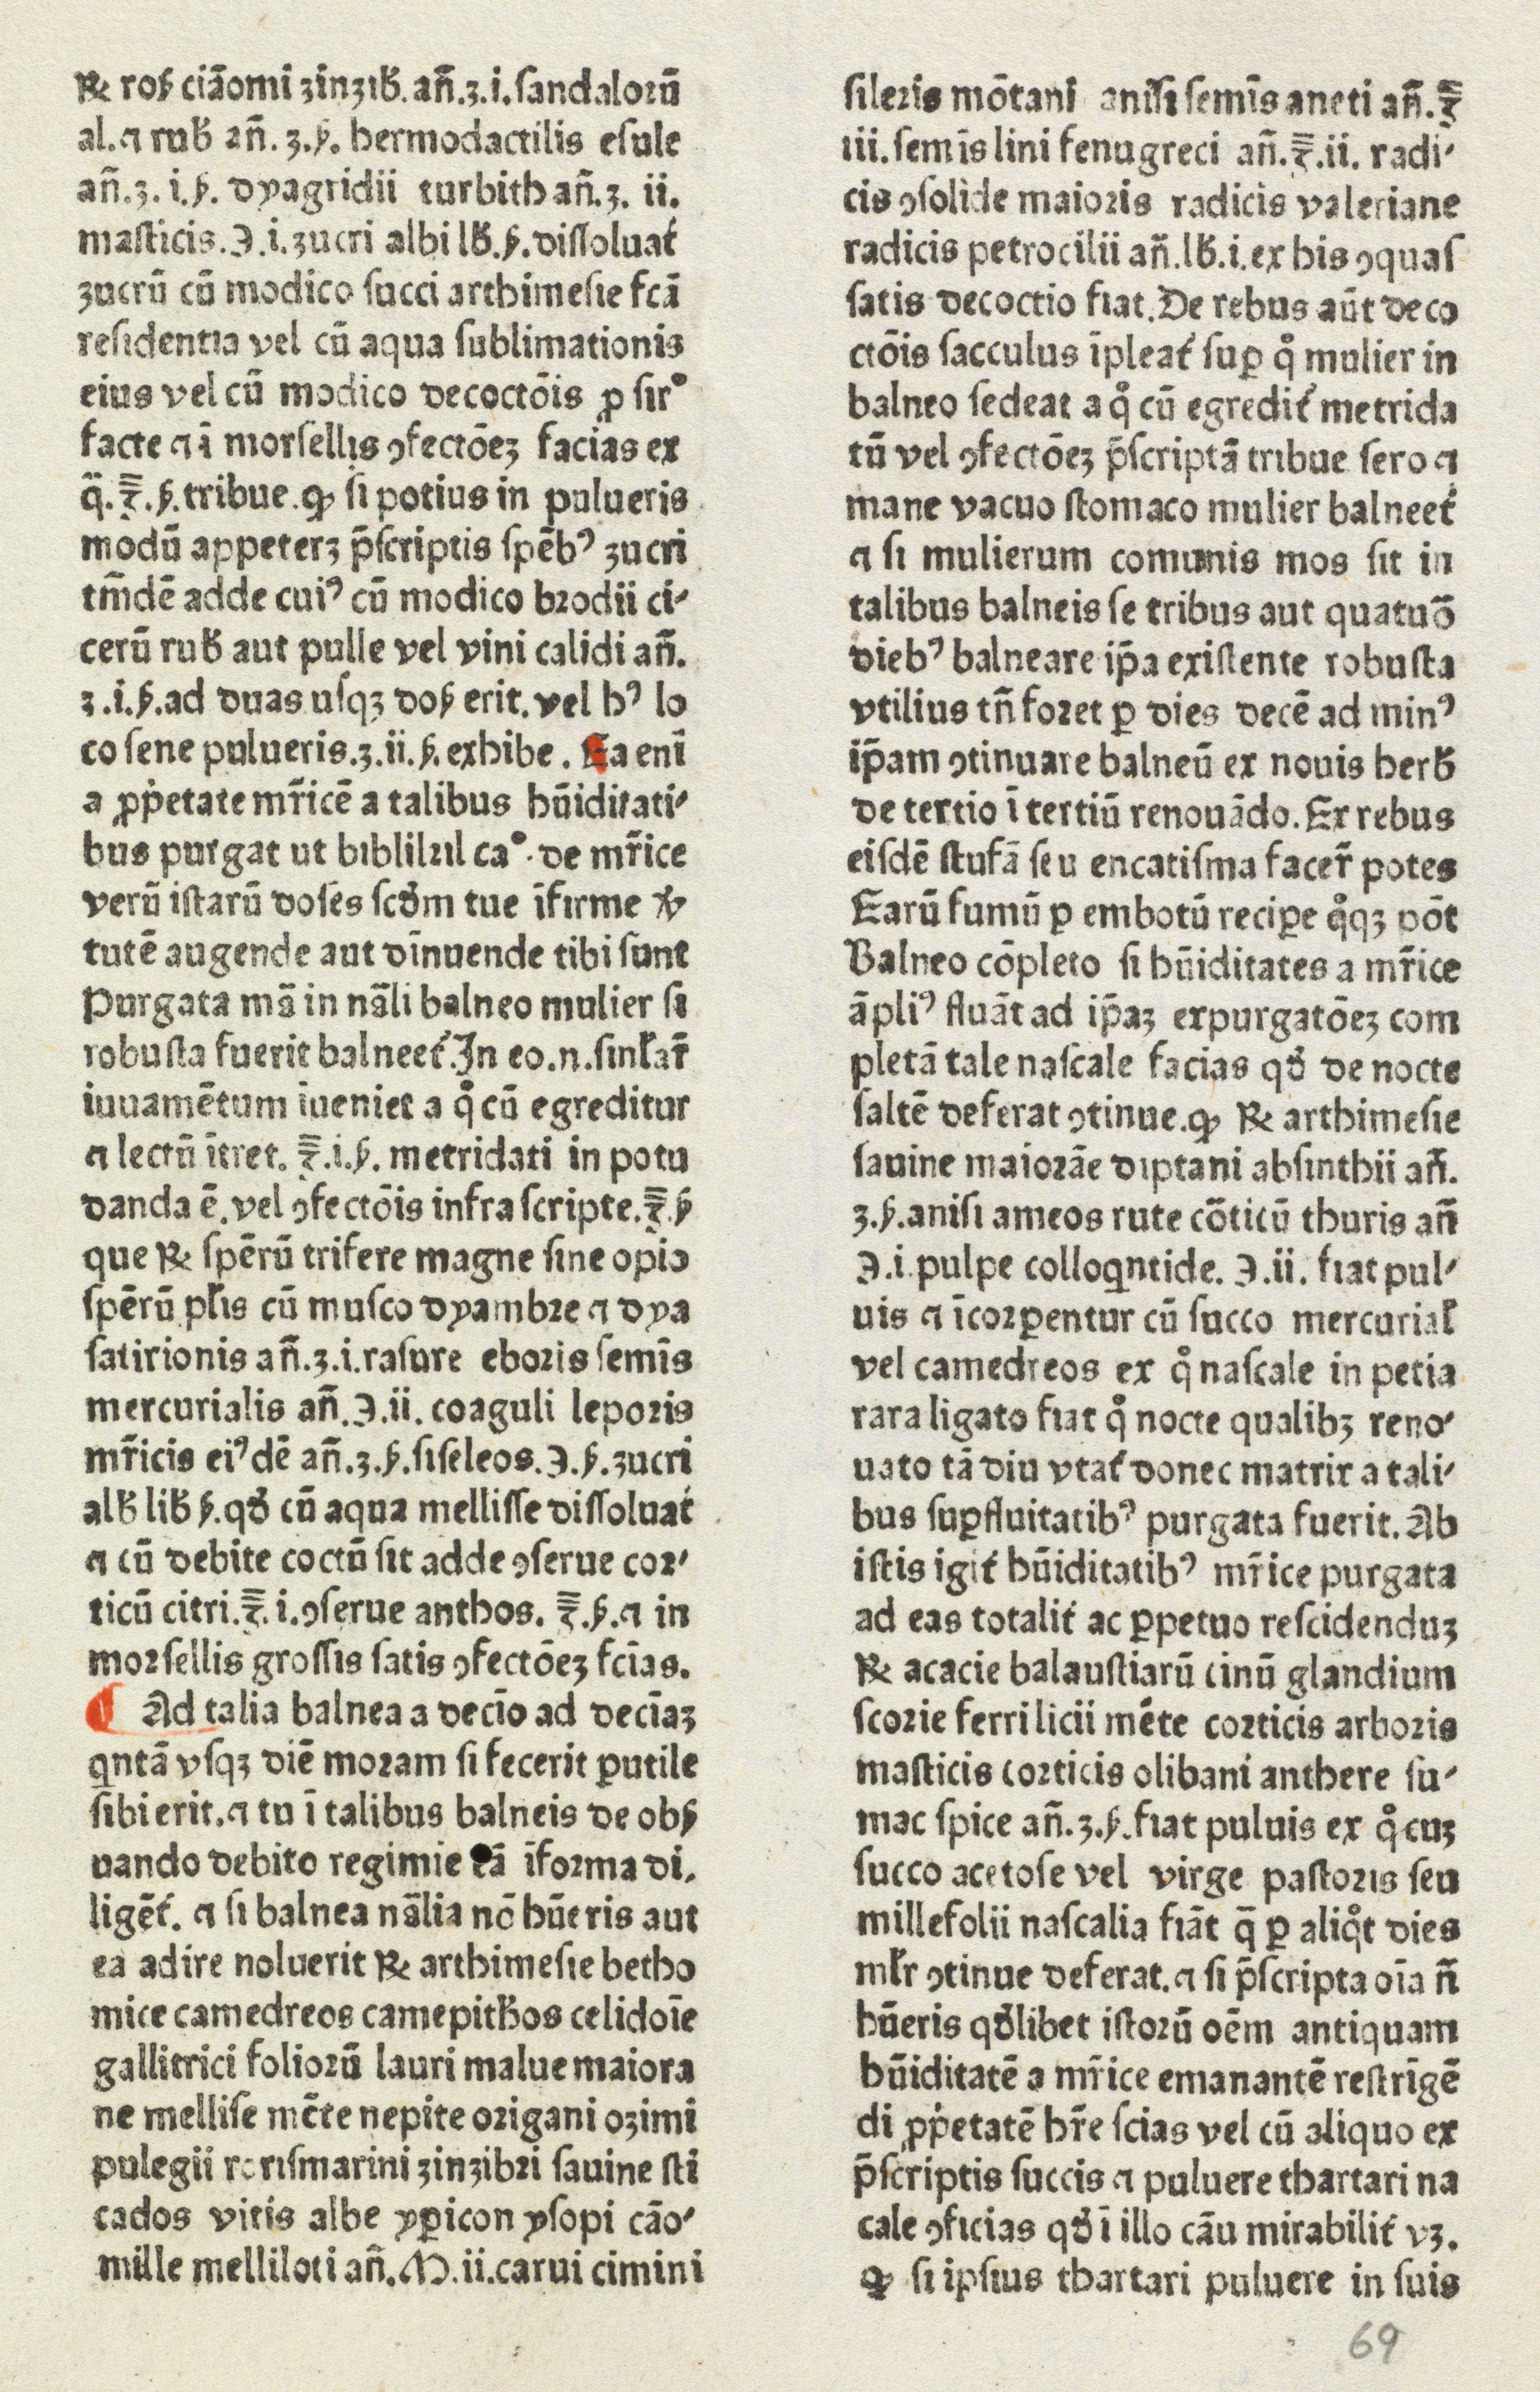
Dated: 1480–1470